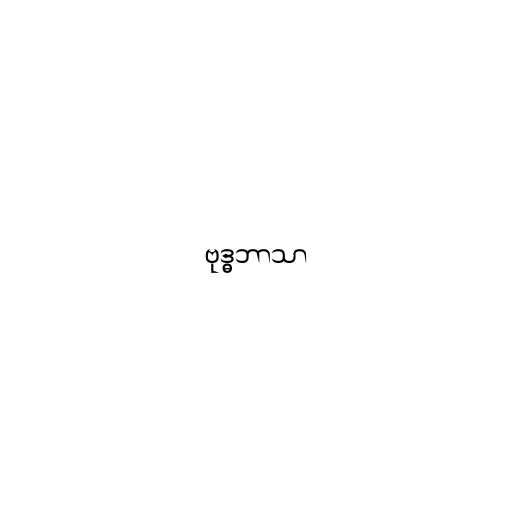
ဗုဒ္ဓဘာသာ